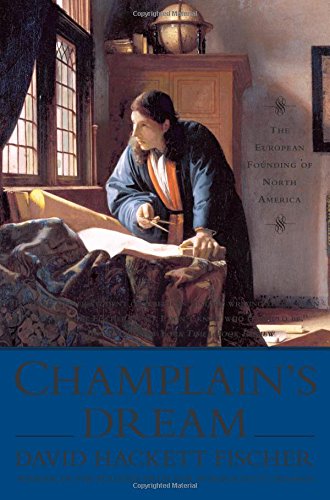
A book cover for Champlain's Dream; David Hackett Fischer; Biographies & Memoirs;